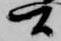
間